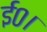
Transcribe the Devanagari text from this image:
ई०।